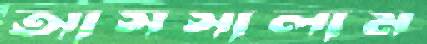
আসসালাম